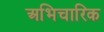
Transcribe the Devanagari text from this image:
अभिचारिक